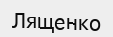
Лященко